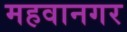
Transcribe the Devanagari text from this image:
महवानगर